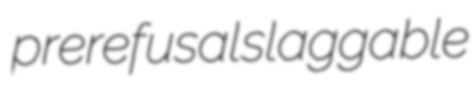
prerefusal slaggable